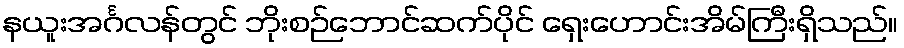
နယူးအင်္ဂလန်တွင် ဘိုးစဉ်ဘောင်ဆက်ပိုင် ရှေးဟောင်းအိမ်ကြီးရှိသည်။